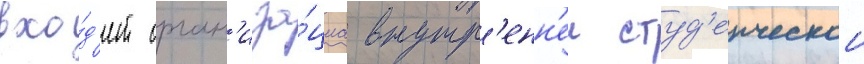
вхо́д'ит орган'иза́циа внутр'енн'еи студ'енческои